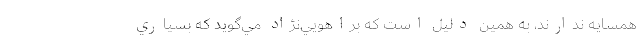
همسايه ندارند، به همين دليل است كه براهويي‌نژاد مي‌گويد كه بسياري